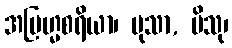
အဗြဟ္မစရိယာ၊ မုသာ, ပိသု၊